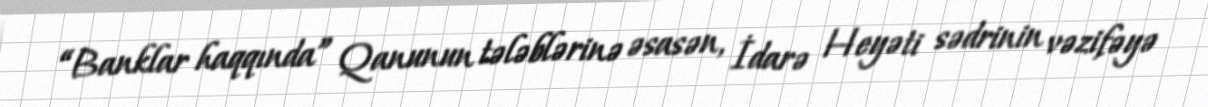
“Banklar haqqında” Qanunun tələblərinə əsasən, İdarə Heyəti sədrinin vəzifəyə